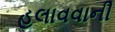
હલાવવાની